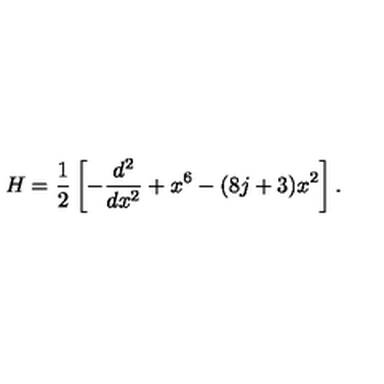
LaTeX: H = \frac { 1 } { 2 } \left[ - \frac { d ^ { 2 } } { d x ^ { 2 } } + x ^ { 6 } - ( 8 j + 3 ) x ^ { 2 } \right] .